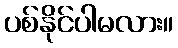
ပစ်နိုင်ပါမလား။